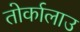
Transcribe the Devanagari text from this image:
तोर्कालाउ